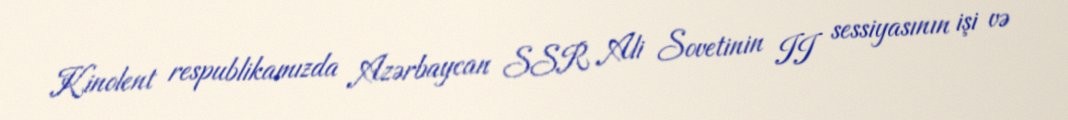
Kinolent respublikamızda Azərbaycan SSR Ali Sovetinin II sessiyasının işi və